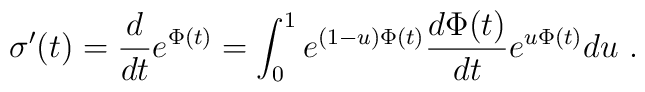
\sigma'(t)={d\over dt}e^{\Phi(t)}=\int_0^1 e^{(1-u)\Phi(t)} {d \Phi(t)\over dt} e^{u\Phi(t)} du \ .